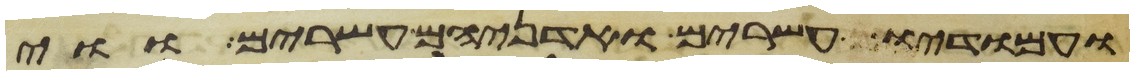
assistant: ועמודיו עשרים ואדניהם עשרים ווי